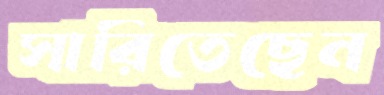
সারিতেছেন